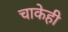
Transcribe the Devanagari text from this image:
चाकेही